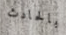
بالحادث